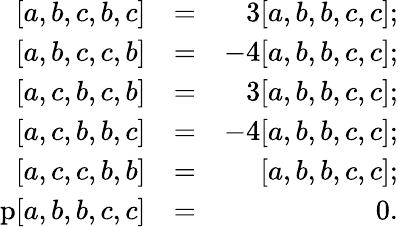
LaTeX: \begin{array}{rlr}{[a,b,c,b,c]}&{=}&{3[a,b,b,c,c];}\\ {\mathrm[a,b,c,c,b]}&{=}&{-4[a,b,b,c,c];}\\ {\mathrm[a,c,b,c,b]}&{=}&{3[a,b,b,c,c];}\\ {\mathrm[a,c,b,b,c]}&{=}&{-4[a,b,b,c,c];}\\ {\mathrm[a,c,c,b,b]}&{=}&{[a,b,b,c,c];}\\ {\mathrm p[a,b,b,c,c]}&{=}&{0.}\end{array}